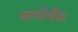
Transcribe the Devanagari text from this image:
बायोबैंक